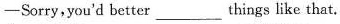
——Sorry,you'd better things like that.